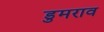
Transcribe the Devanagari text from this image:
डुमराव